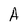
Character: A